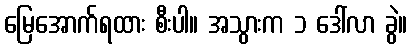
မြေအောက်ရထား စီးပါ။ အသွားက ၁ ဒေါ်လာ ခွဲ။